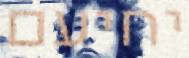
יחיעם